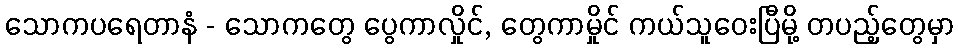
သောကပရေတာနံ - သောကတွေ ပွေကာလှိုင်, တွေကာမှိုင် ကယ်သူဝေးပြီမို့ တပည့်တွေမှာ